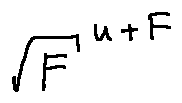
\sqrt { F } ^ { u + F }